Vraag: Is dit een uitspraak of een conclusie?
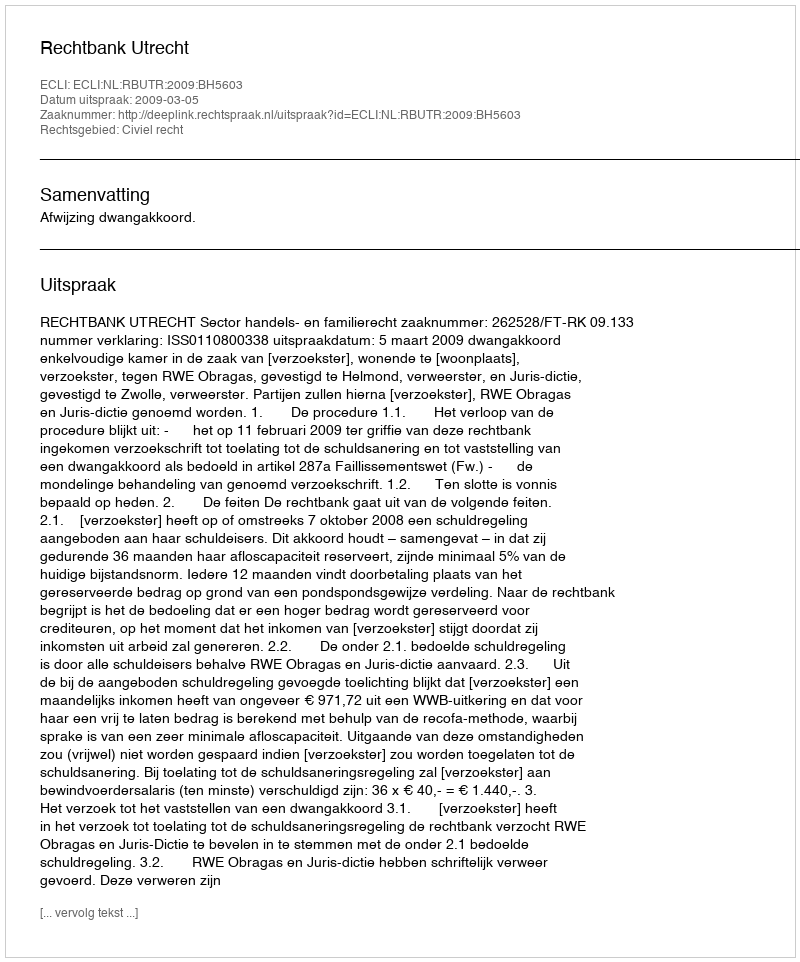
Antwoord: Uitspraak